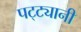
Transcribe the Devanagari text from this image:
पट्ट्यानी